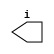
/********************************************/
/* generic_output.v                         */
/* A generic implementation of outputs      */
/* (LEDs, ...)                              */
/*                                          */
/* 2012, rok.krajnc@gmail.com               */
/********************************************/


module generic_output #(
  parameter OW  = 1,    // output width
  parameter DS  = 1'b0, // default (off) state
  parameter DBG = 0     // debug output
)(
  output wire [ OW-1:0] i
);



////////////////////////////////////////
// logic                              //
////////////////////////////////////////

reg  [ OW-1:0] state_old = {OW{DS}};

always @ (i) begin
  if (i != state_old) begin
  if (DBG) $display ("BENCH : %M : %t : changing state from [%b] to [%b].", $time, state_old, i);
  state_old = #1 i;
  end
end



////////////////////////////////////////
// tasks                              //
////////////////////////////////////////

//// read ////
task read;
output [ OW-1:0] data;
begin
  data = state_old;
end
endtask



endmodule